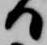
日